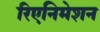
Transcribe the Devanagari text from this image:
रिएनिमेशन